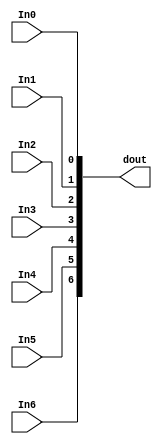
module system_microblaze_0_xlconcat_0
   (In0,
    In1,
    In2,
    In3,
    In4,
    In5,
    In6,
    dout);
  input [0:0]In0;
  input [0:0]In1;
  input [0:0]In2;
  input [0:0]In3;
  input [0:0]In4;
  input [0:0]In5;
  input [0:0]In6;
  output [6:0]dout;

  wire [0:0]In0;
  wire [0:0]In1;
  wire [0:0]In2;
  wire [0:0]In3;
  wire [0:0]In4;
  wire [0:0]In5;
  wire [0:0]In6;

  assign dout[6] = In6;
  assign dout[5] = In5;
  assign dout[4] = In4;
  assign dout[3] = In3;
  assign dout[2] = In2;
  assign dout[1] = In1;
  assign dout[0] = In0;
endmodule